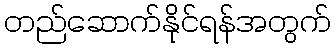
တည်ဆောက်နိုင်ရန်အတွက်